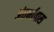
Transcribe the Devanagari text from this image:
अंतर्भावास